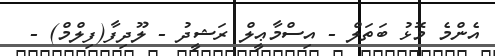
އެންމެ މޮޅު ބަތަލް - އިސްމާޢީލް ރަޝީދު - ލޫދިފާ(ފިލްމް) -